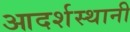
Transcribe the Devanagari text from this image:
आदर्शस्थानी